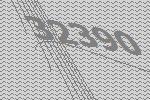
32390